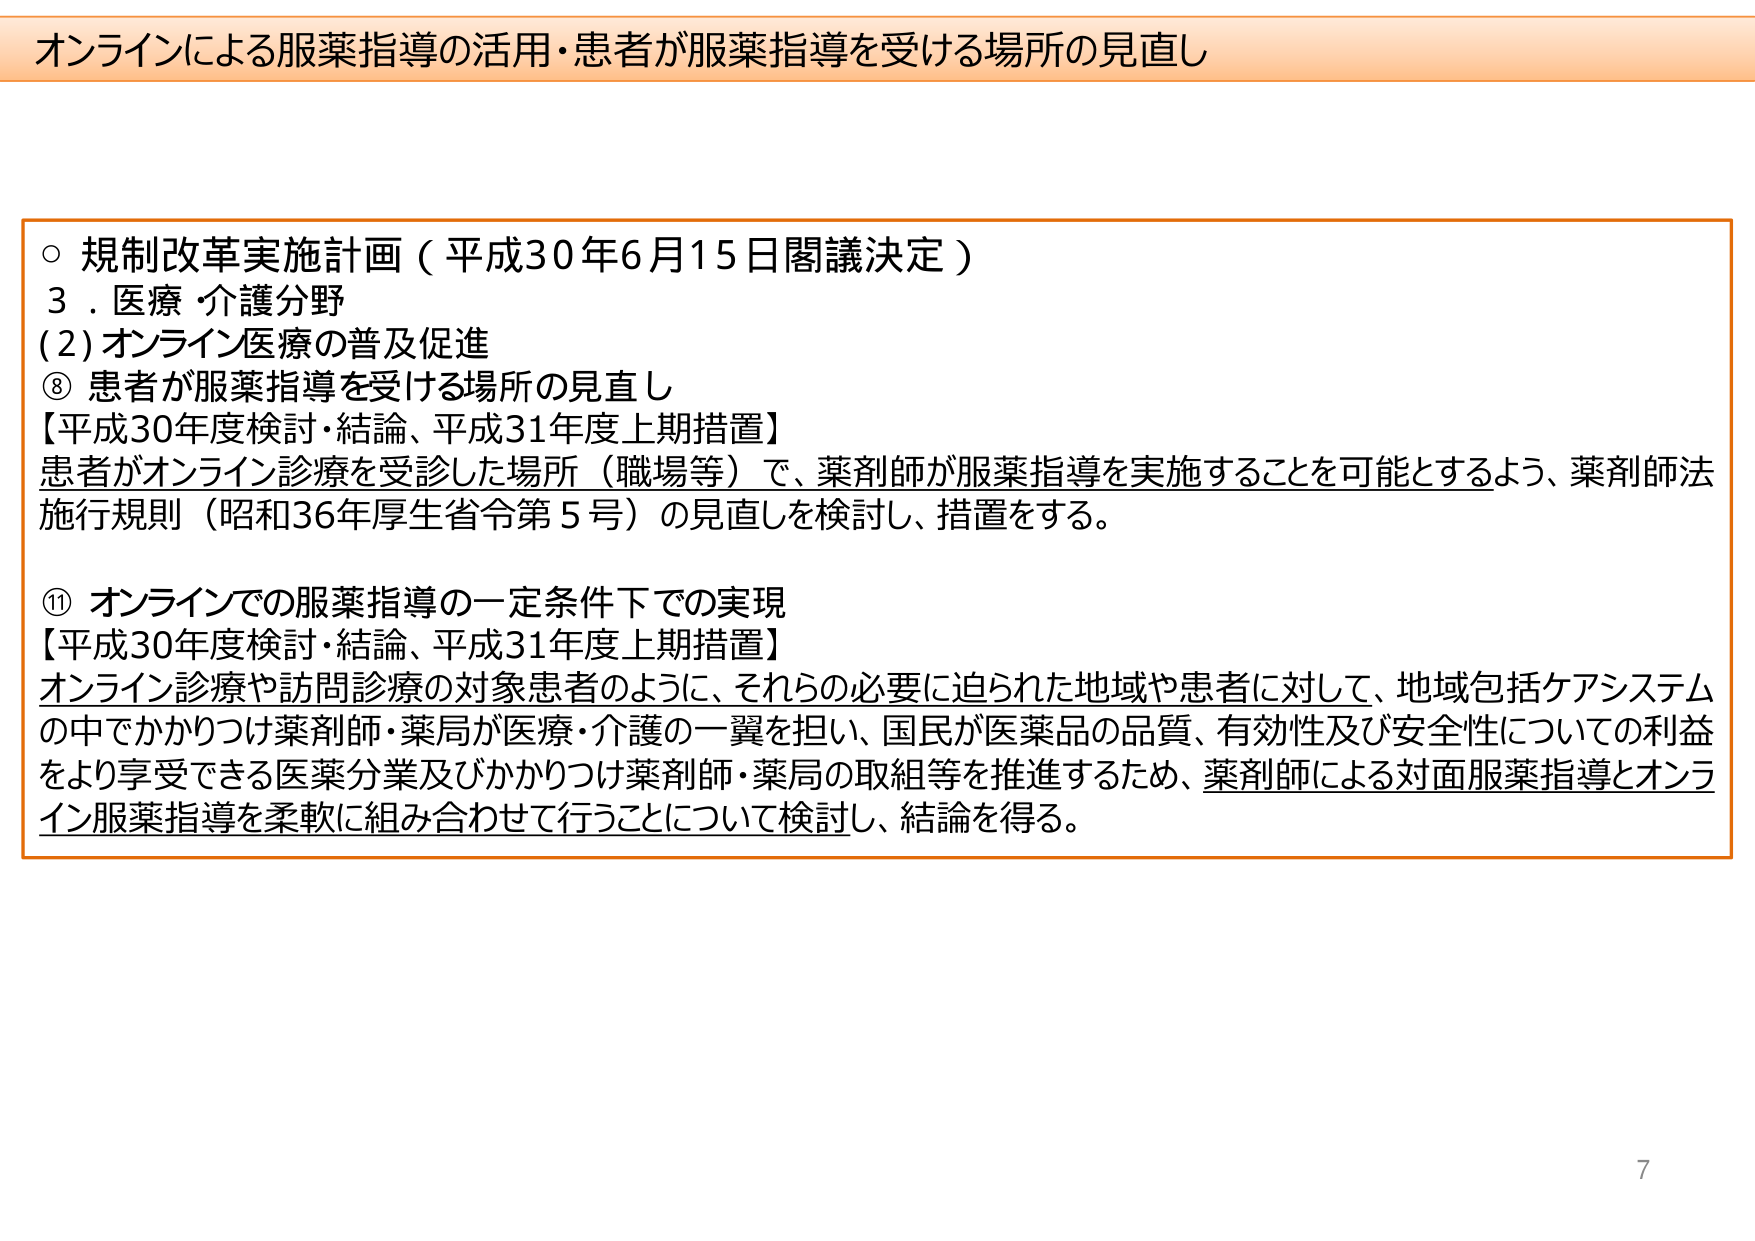
オンラインによる服薬指導の活用・患者が服薬指導を受ける場所の見直し

○ 規制改革実施計画（平成30年6月15日閣議決定）
3．医療・介護分野
(2) オンライン医療の普及促進
⑧ 患者が服薬指導を受ける場所の見直し
【平成30年度検討・結論、平成31年度上期措置】
患者がオンライン診療を受診した場所（職場等）で、薬剤師が服薬指導を実施することを可能とするよう、薬剤師法施行規則（昭和36年厚生省令第5号）の見直しを検討し、措置をする。

⑪ オンラインでの服薬指導の一定条件下での実現
【平成30年度検討・結論、平成31年度上期措置】
オンライン診療や訪問診療の対象患者のように、それらの必要に迫られた地域や患者に対して、地域包括ケアシステムの中でかかりつけ薬剤師・薬局が医療・介護の一翼を担い、国民が医薬品の品質、有効性及び安全性についての利益をより享受できる医薬分業及びかかりつけ薬剤師・薬局の取組等を推進するため、薬剤師による対面服薬指導とオンライン服薬指導を柔軟に組み合わせて行うことについて検討し、結論を得る。

7